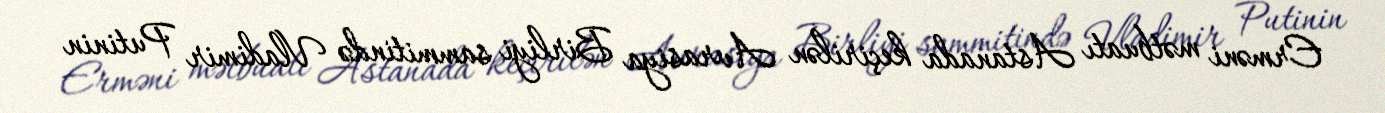
Erməni mətbuatı Astanada keçirilən Avrasiya Birliyi sammitində Vladimir Putinin